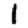
Digit: 1